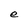
Character: e